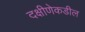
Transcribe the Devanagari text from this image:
दक्षीणेकडील